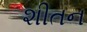
શીતન